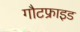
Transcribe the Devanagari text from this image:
गौटफ्राइड